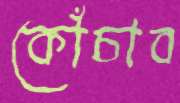
কোঁচাব